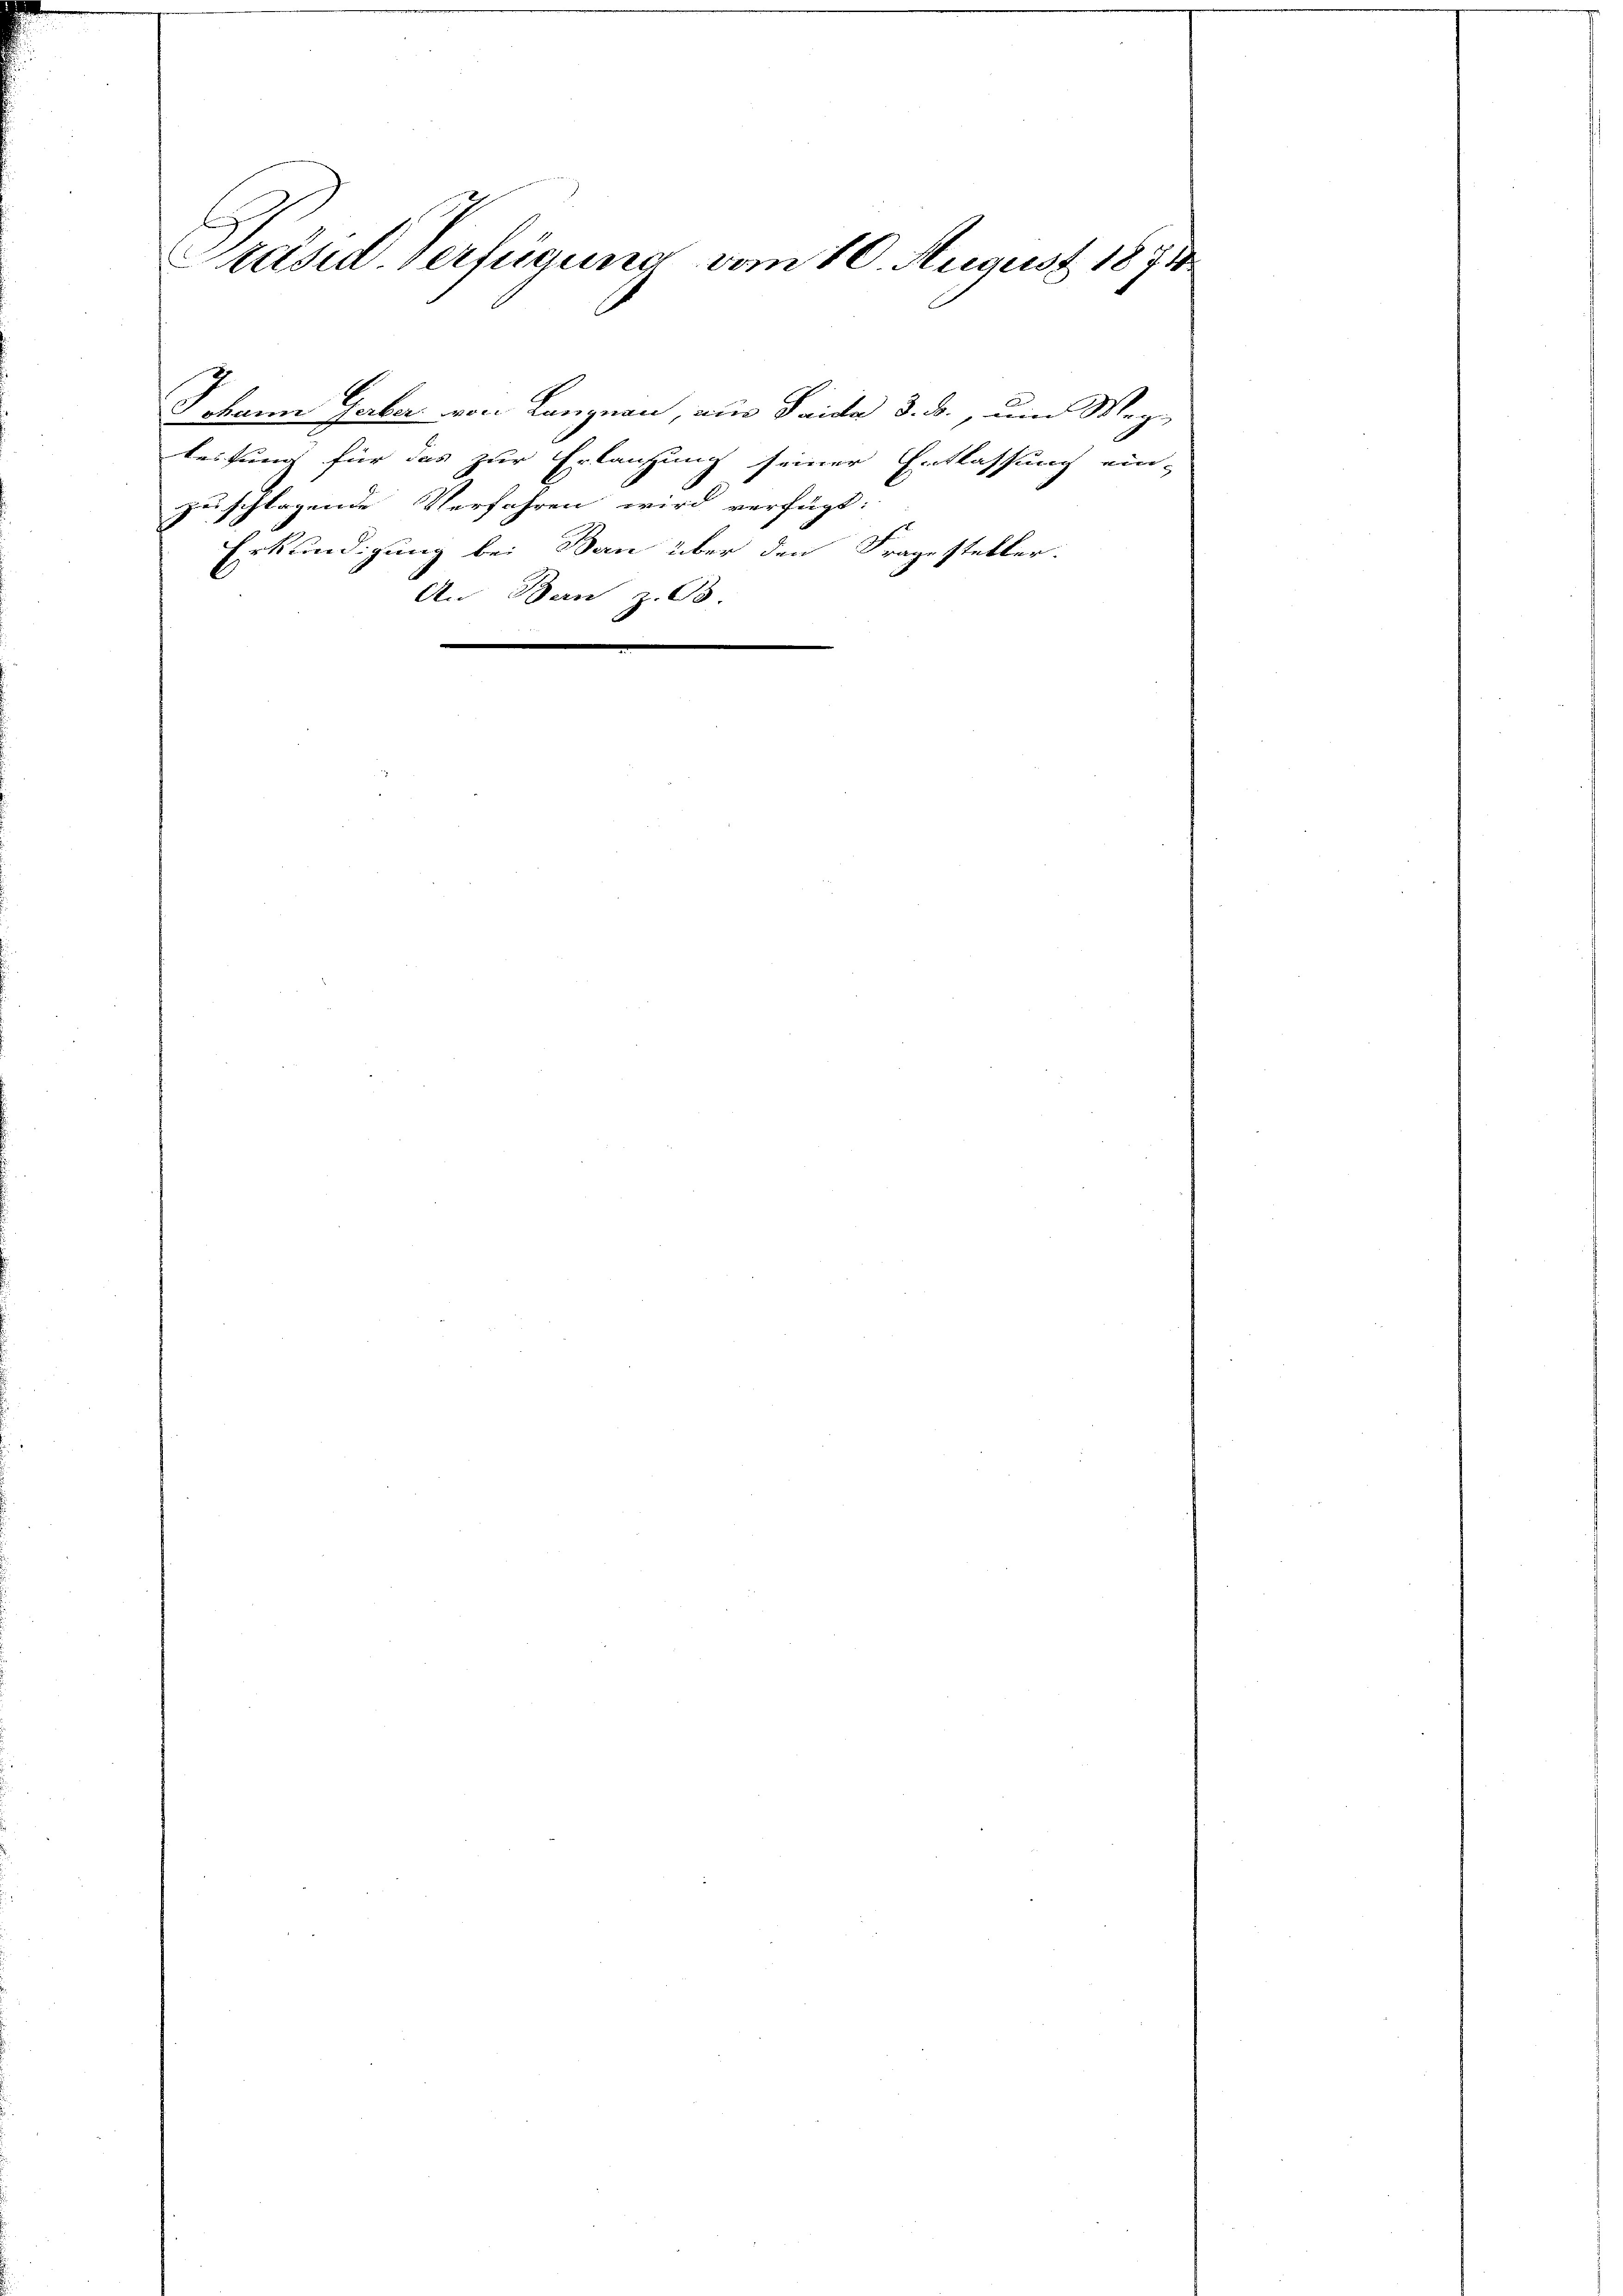
C
Präsid. Verfügung vom 10. August 1871

Johann Gaber von Langnau, wie Saide d. B., um Wegleitung für das zur Erlaufung seiner Entlassung ein-
zu schlagende Verfahren wird verfügt:
Erkundigung bei Bern über den Fragesteller.
An Ban z. B.